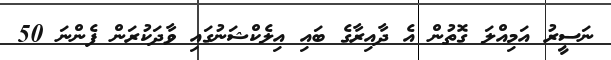
ނަސީރު އަމިއްލަ ގޮތުން އެ ދާއިރާގެ ބައި އިލެކްޝަނުގައި ވާދަކުރަން ފެންނަ 50